Indian journal of veterinary science and animal husbandry - Volumes 18-21, 1948-1951
Year: 1948
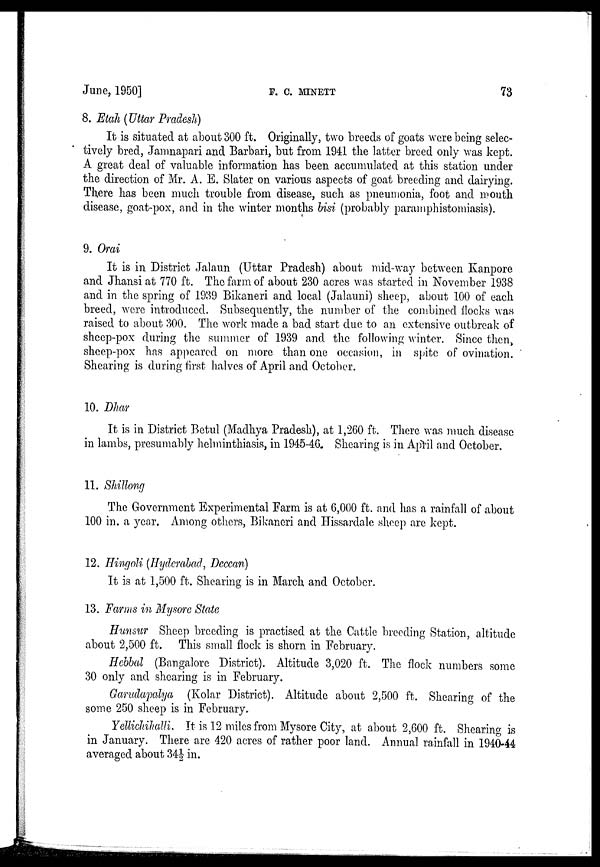
June, 1950]
F.
C.
MINETT
73
8. Etah (Uttar Pradesh)
It is situated at about 300 ft. Originally, two breeds of goats were being selec-
tively bred, Jamnapari and Barbari, but from 1941 the latter breed only was kept.
A great deal of valuable information has been accumulated at this station under
the direction of Mr. A. E. Slater on various aspects of goat breeding and dairying.
There has been much trouble from disease, such as pneumonia, foot and mouth
disease, goat-pox, and in the winter months bisi (probably paramphistomiasis).
9. Orai
It is in District Jalaun (Uttar Pradesh) about mid-way between Kanpore
and Jhansi at 770 ft. The farm of about 230 acres was started in November 1938
and in the spring of 1939 Bikaneri and local (Jalauni) sheep, about 100 of each
breed, were introduced. Subsequently, the number of the combined flocks was
raised to about 300. The work made a bad start due to an extensive outbreak of
sheep-pox during the summer of 1939 and the following winter. Since then
sheep-pox has appeared on more than one occasion, in spite of ovination.
Shearing is during first halves of April and October.
10. Dhar
It is in District Betul (Madhya Pradesh), at 1,260 ft. There was much disease
in lambs, presumably helminthiasis, in 1945-46. Shearing is in April and October.
11. Shillong
The Government Experimental Farm is at 6,000 ft. and has a rainfall of about
100 in. a year. Among others, Bikaneri and Hissardale sheep are kept.
12. Hingoli (Hyderabad, Deccan)
It is at 1,500 ft. Shearing is in March and October.
13. Farms in Mysore State
Hunsur Sheep breeding is practised at the Cattle breeding Station, altitude
about 2,500 ft. This small flock is shorn in February.
Hebbal (Bangalore District). Altitude 3,020 ft. The flock numbers some
30 only and shearing is in February.
Garudapalya (Kolar District). Altitude about 2,500 ft. Shearing of the
some 250 sheep is in February.
Yellichihalli. It is 12 miles from Mysore City, at about 2,600 ft. Shearing is
in January. There are 420 acres of rather poor land. Annual rainfall in 1940-44
averaged about 34½ in.